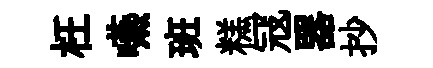
枉嚥班糕冦器抄